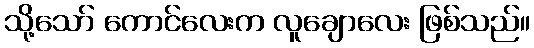
သို့သော် ကောင်လေးက လူချောလေး ဖြစ်သည်။